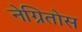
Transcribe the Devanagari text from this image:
नेग्रितोस